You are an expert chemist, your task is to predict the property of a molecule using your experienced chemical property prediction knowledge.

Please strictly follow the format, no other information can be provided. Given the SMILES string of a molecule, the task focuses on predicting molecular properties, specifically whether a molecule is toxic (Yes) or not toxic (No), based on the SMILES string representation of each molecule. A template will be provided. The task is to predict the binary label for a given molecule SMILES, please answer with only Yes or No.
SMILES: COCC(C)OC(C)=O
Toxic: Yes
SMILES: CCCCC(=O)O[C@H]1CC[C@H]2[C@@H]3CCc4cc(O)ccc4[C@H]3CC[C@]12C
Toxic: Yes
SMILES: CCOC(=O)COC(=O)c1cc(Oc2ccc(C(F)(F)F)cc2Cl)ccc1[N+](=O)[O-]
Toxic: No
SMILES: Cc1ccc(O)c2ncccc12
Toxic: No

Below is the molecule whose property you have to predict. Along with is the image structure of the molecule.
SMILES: Cc1cccc(C)c1NC(=O)c1ccc(N)cc1
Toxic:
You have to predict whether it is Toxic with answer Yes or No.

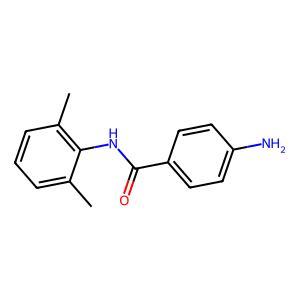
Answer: No